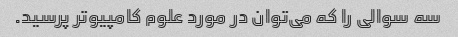
سه سوالی را که می‌توان در مورد علوم کامپیوتر پرسید.